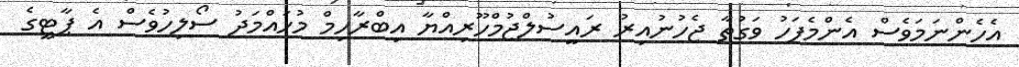
އެހެންނަމަވެސް އެންމެފަހު ވަގުތާ ޖެހުނުއިރު ރައީސުލްޖުމްހޫރިއްޔާ އިބްރާހިމް މުހައްމަދު ސޯލިހުވެސް އެ ޕާޓީގެ